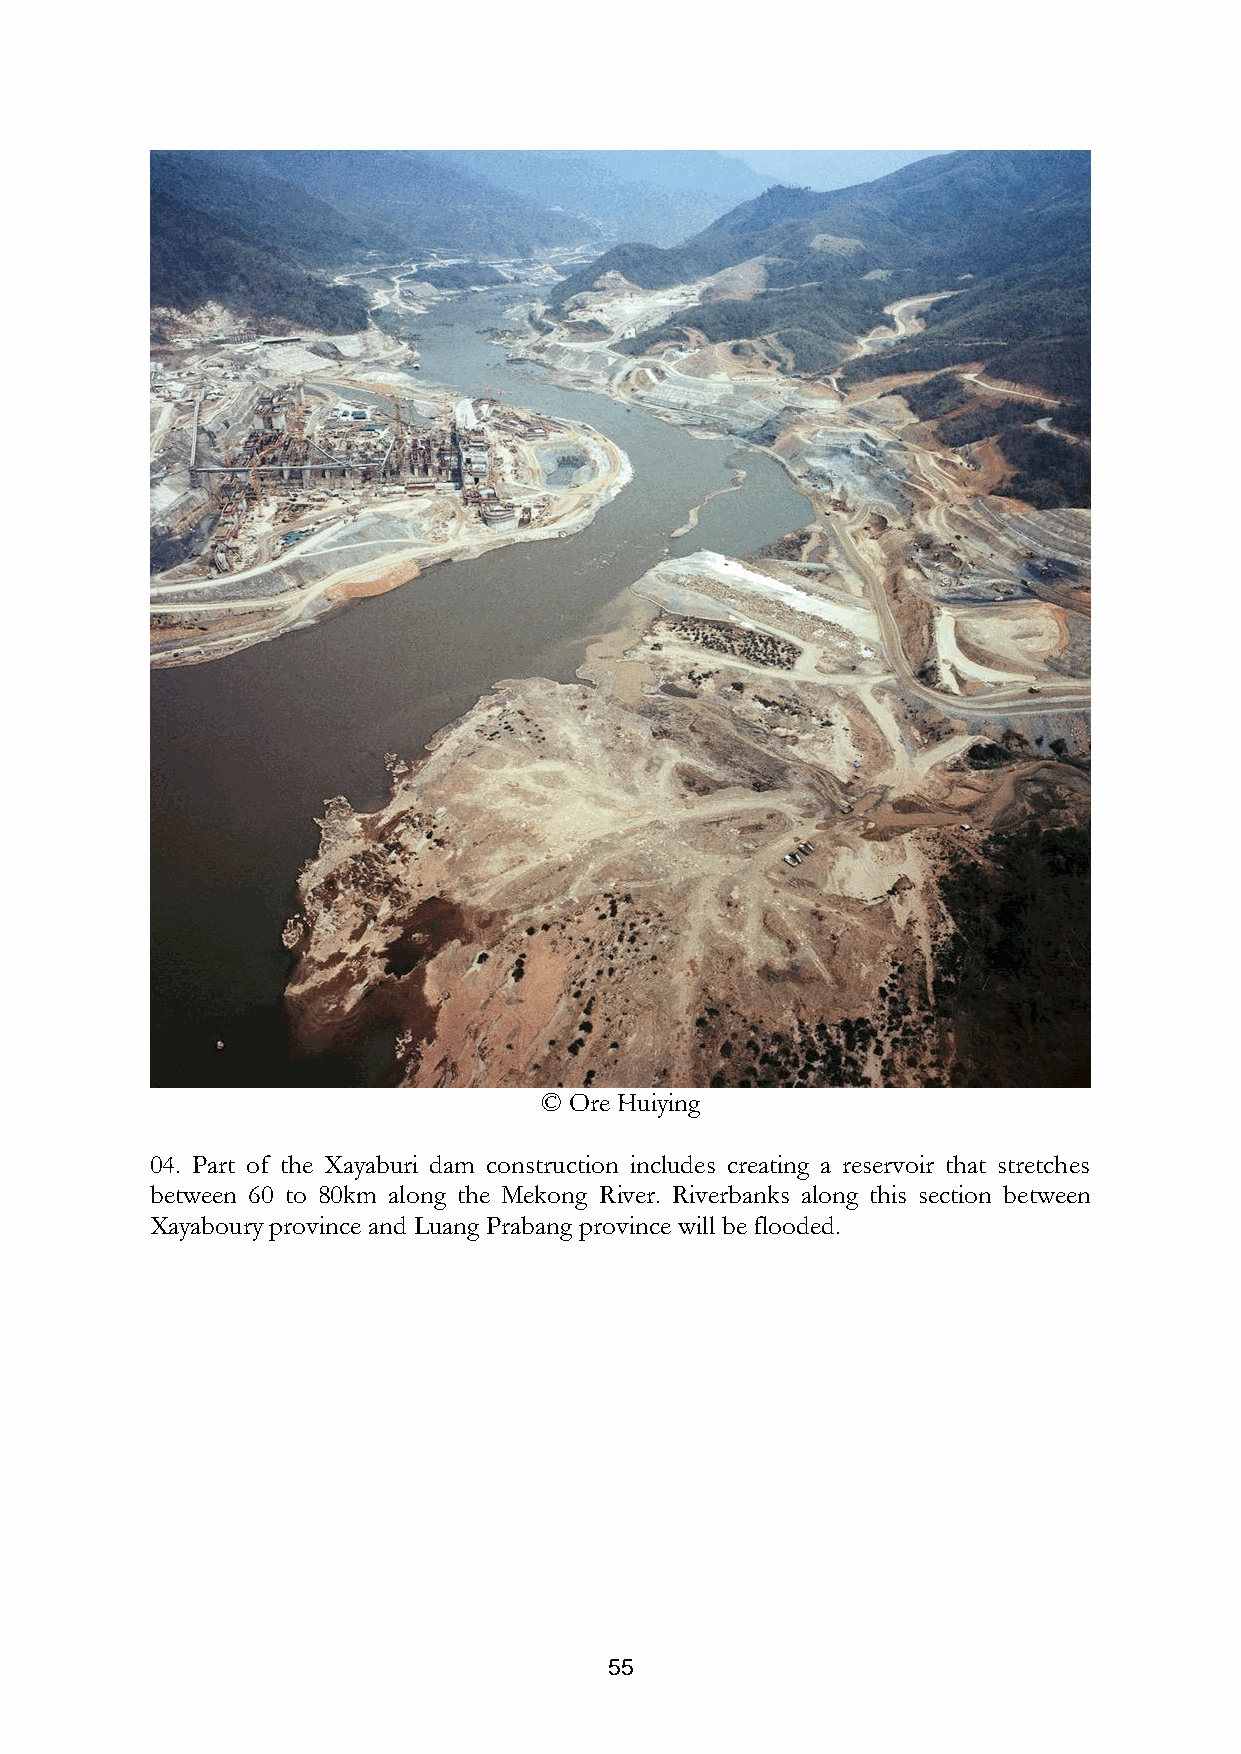
© Ore Huiying
 04. Part of the Xayaburi dam construction includes creating a reservoir that stretches
 between 60 to 80km along the Mekong River. Riverbanks along this section between
 Xayaboury province and Luang Prabang province will be flooded.
 55